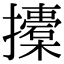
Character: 𢸨